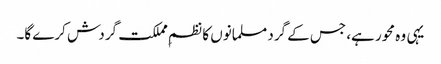
یہی وہ محور ہے، جس کے گرد مسلمانوں کا نظمِ مملکت گردش کرے گا۔